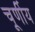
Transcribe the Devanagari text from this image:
चूर्णीय